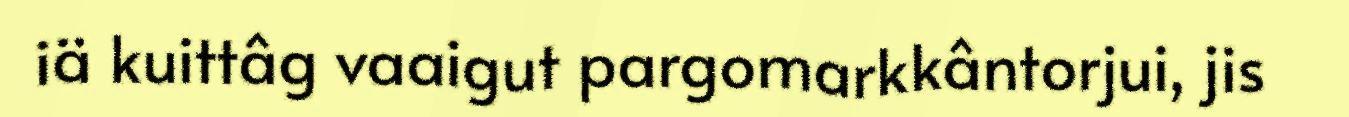
iä kuittâg vaaigut pargomarkkântorjui, jis